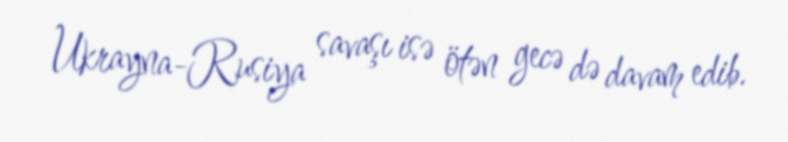
Ukrayna-Rusiya savaşı isə ötən gecə də davam edib.